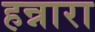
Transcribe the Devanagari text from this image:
हन्नारा